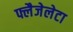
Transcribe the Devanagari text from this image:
फ्लैजेलेटा